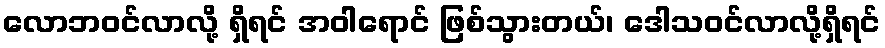
လောဘဝင်လာလို့ ရှိရင် အဝါရောင် ဖြစ်သွားတယ်၊ ဒေါသဝင်လာလို့ရှိရင်